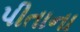
પીતાના